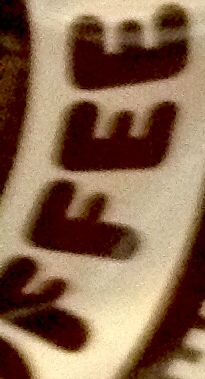
FFEE